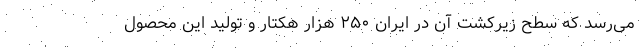
می‌رسد که سطح زیرکشت آن در ایران ۲۵۰ هزار هکتار و تولید این محصول